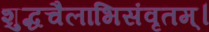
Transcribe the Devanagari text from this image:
शुद्धचैलाभिसंवृतम्।